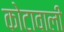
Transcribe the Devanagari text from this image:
कोटावाली